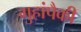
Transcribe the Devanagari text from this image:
गुहांपैकी